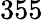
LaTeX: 355